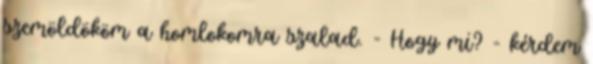
szemöldököm a homlokomra szalad. - Hogy mi? - kérdem